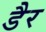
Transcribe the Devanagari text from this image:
डैर